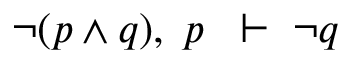
\neg ( p \land q ) , \; p \; \; \vdash \; \neg q